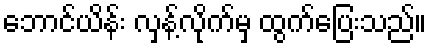
ဘောင်ယိန်း လှန့်လိုက်မှ ထွက်ပြေးသည်။